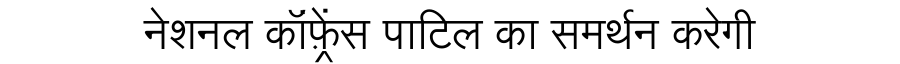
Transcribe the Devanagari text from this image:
नेशनल कॉंफ़्रेंस पाटिल का समर्थन करेगी